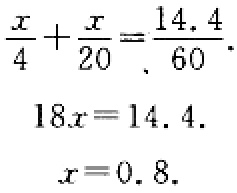
\[\begin{align*}
\frac{x}{4}+\frac{x}{20}&=\frac{14.4}{60}\\
18x&=14.4\\
x&=0.8
\end{align*}\]